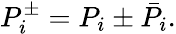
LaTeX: P_{i}^{\pm}=P_{i}\pm\bar{P}_{i}.